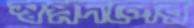
স্বপ্নদলের